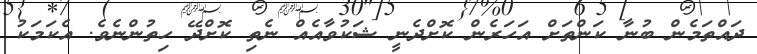
ދައްތަމެން ބުނާ ކަންތަށް އަހަރެން ކޮށްދެނީ ޝަކުވާއެއް ނެތި ކޮށްދޭ ހިތުންނެވެ. އެކަމަކު